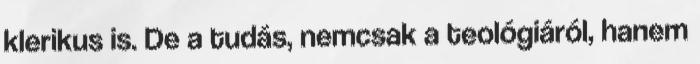
klerikus is. De a tudás, nemcsak a teológiáról, hanem